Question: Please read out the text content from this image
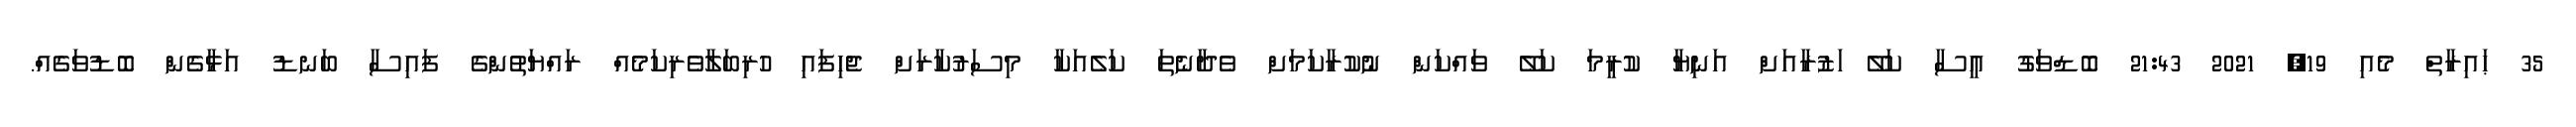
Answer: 35 ޙައިރާތް މެއި 19, 2021 21:43 ބޮޑްވަގު އީސާ ކަލޭ ަޒުރާއަށް އަނިޔާ ކުރީމަ ކަލޭ ވައްކަން ނުކުރާކަމަށް ވެދާނެތަ ކަލެއަކާ މިސަރުކާރަށް ޖެހިފައި ހުރިބަލާވެރިކަމެއް ރައްޔަތުންގެ ފައިސާ ބަނޑު އަޅާގެން ބޮޑުވަގެއް.